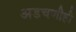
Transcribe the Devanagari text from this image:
अडचणीही